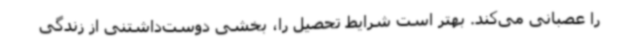
را عصبانی می‌کند. بهتر است شرایط تحصیل را، بخشی دوست‌داشتنی از زندگی